38_143685_box_Incident_Summaries_173-233
Agency: Department of War
Page 57
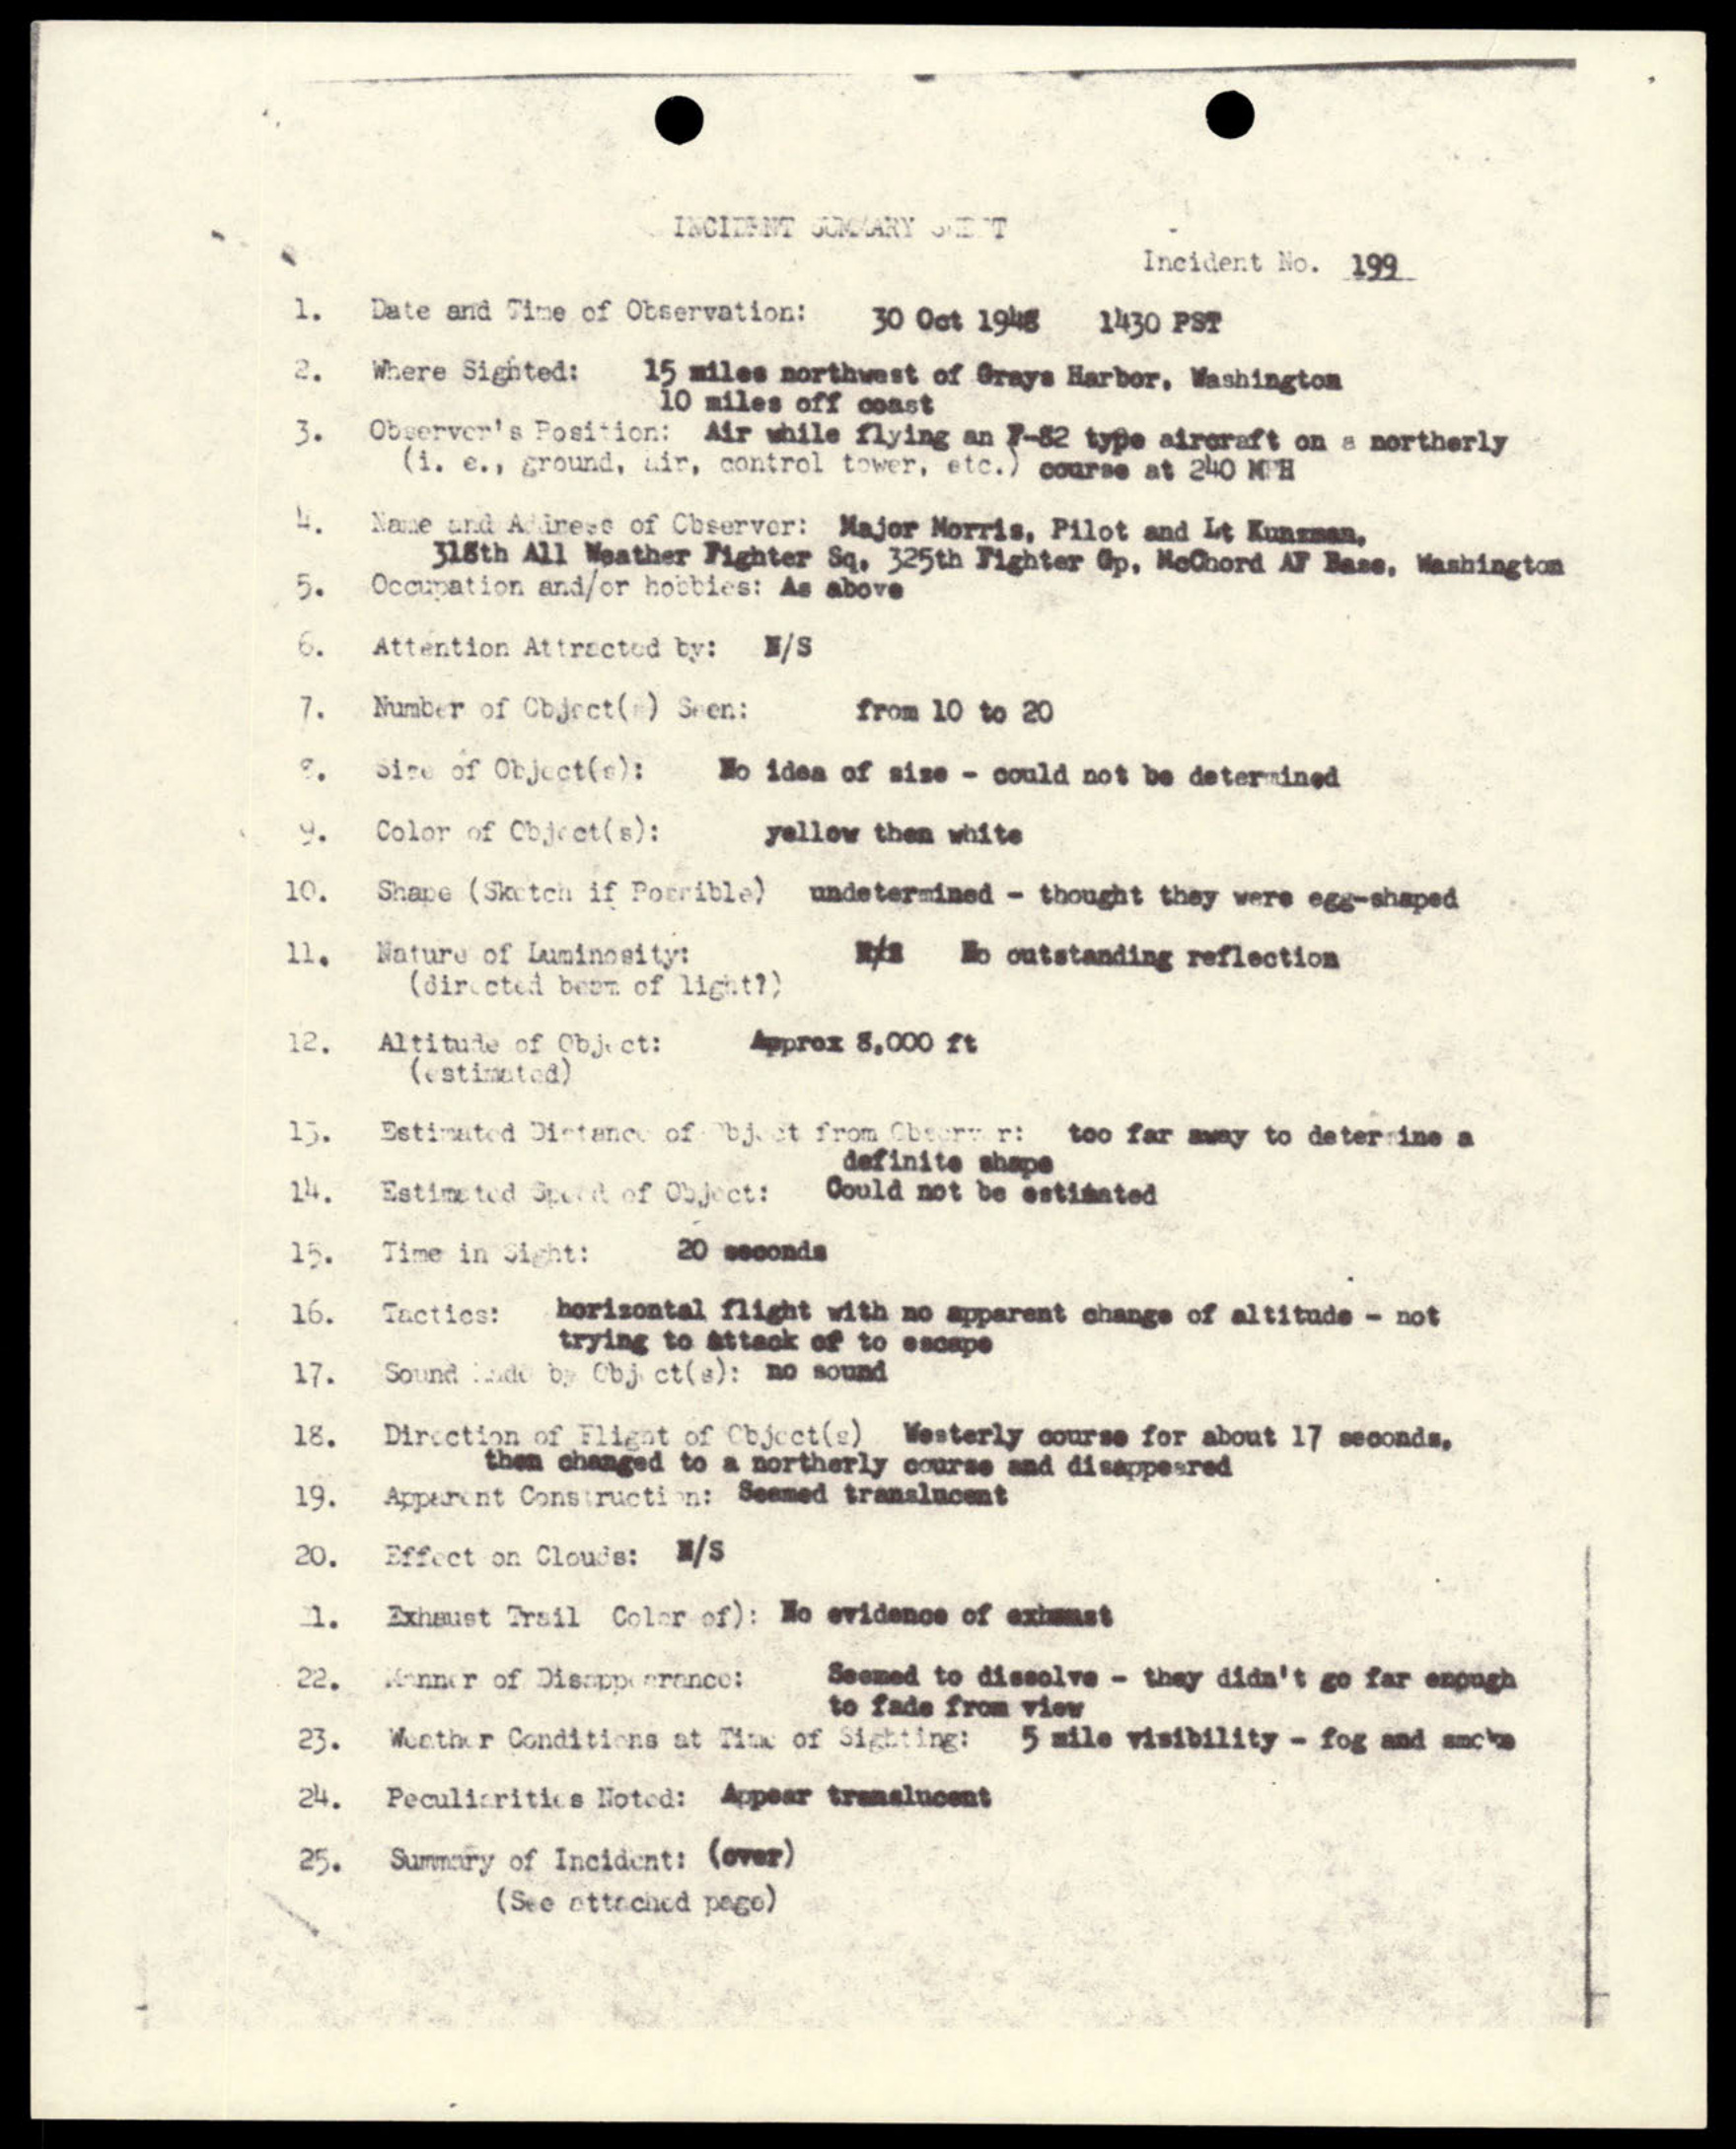